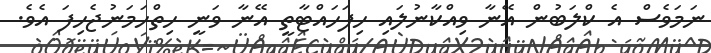
ނަމަވެސް އެ ކްލަބުން އޭނާ ވިއްކާނުލައި ހިފަހައްޓާތީ އޭނާ ވަނީ ހިތްހަމަނުޖެހިފަ އެވެ.